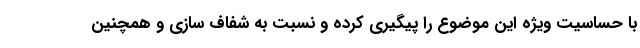
با حساسیت ویژه این موضوع را پیگیری کرده و نسبت به شفاف سازی و همچنین